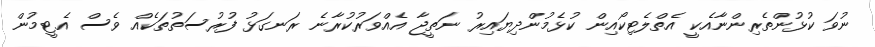
ނުވަ ކުޅުންތެރިންނާއެކީ އެތްލެޓިކޯއިން ކުޅެމުންދިޔައިރު ނަތީޖާ އެއްވަރުކުރާނެ ރަނގަޅު ފުރުސަތުތަކެއް ވެސް އެޓީމުން